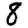
Digit: 8